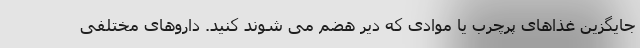
جایگزین غذاهای پرچرب یا موادی که دیر هضم می شوند کنید. داروهای مختلفی